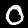
Label: 0